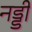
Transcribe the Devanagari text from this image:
नड्डी